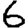
Digit: 6